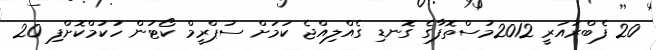
20 ފެބްރުއަރީ 2012މުސްތޮފާގެ ގޮނޑި ގެއްލިއްޖެ ކަމަށް ސުޕްރީމް ކޯޓުން ހުކުމްކޮށްފި 20